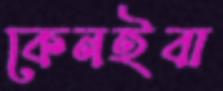
কেনইবা